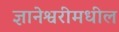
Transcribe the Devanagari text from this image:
ज्ञानेश्वरीमधील